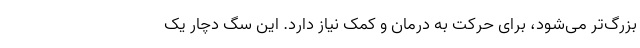
بزرگ‌تر می‌شود، برای حرکت به درمان و کمک نیاز دارد. این سگ دچار یک